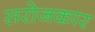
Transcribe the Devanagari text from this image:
सरोजकार